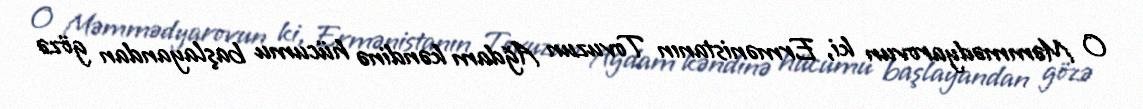
O Məmmədyarovun ki, Ermənistanın Tovuzun Ağdam kəndinə hücumu başlayandan gözə